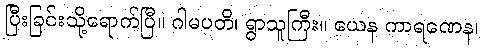
ပြီးခြင်းသို့ရောက်ပြီ။ ဂါမပတိ၊ ရွာသူကြီး။ ယေန ကာရဏေန၊